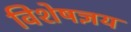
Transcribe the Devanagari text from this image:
विशेषज्ञय